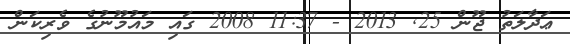
ޢަދާލަތު ޖޫން 25